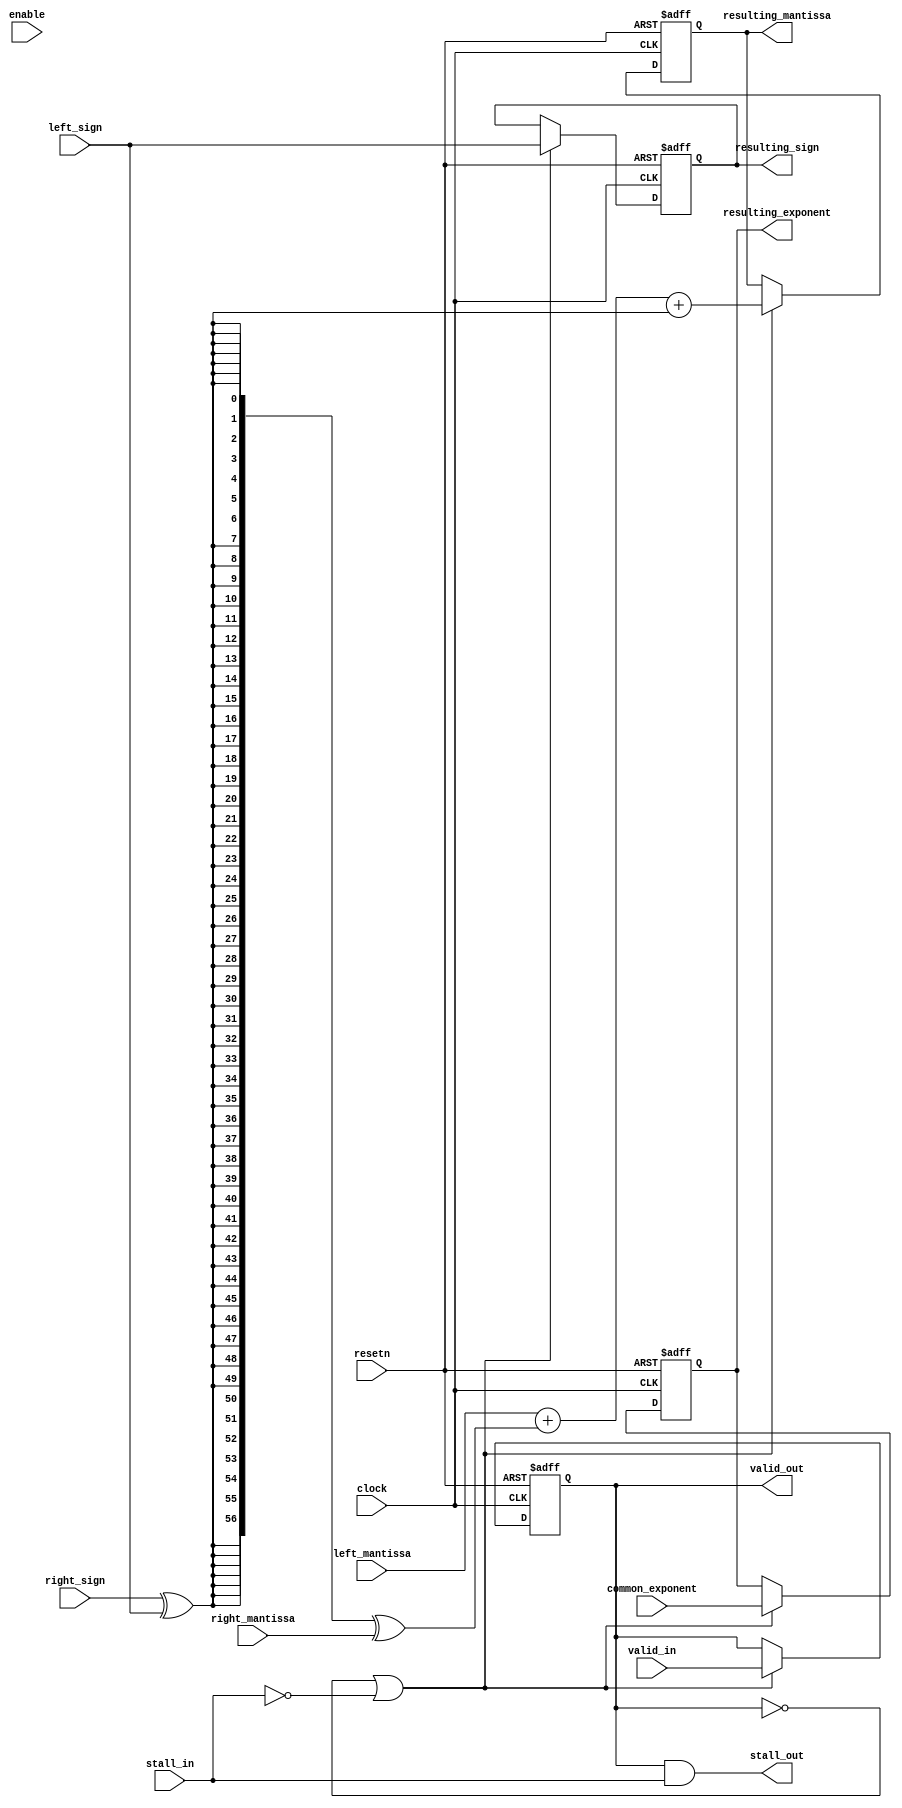
module acl_fp_custom_add_op_double(	clock, resetn, left_mantissa, right_mantissa, left_sign, right_sign, common_exponent,
										resulting_mantissa, resulting_exponent, resulting_sign,
										valid_in, valid_out, stall_in, stall_out, enable);

	parameter HIGH_CAPACITY = 1;
	
	// Latency = 1 cycle.
	input clock, resetn, left_sign, right_sign;
	input [55:0] left_mantissa;
	input [55:0] right_mantissa;
	input [11:0] common_exponent;
	input valid_in, stall_in, enable;
	(* altera_attribute = "-name auto_shift_register_recognition OFF" *) output reg [56:0] resulting_mantissa;
	(* altera_attribute = "-name auto_shift_register_recognition OFF" *) output reg [11:0] resulting_exponent;
	(* altera_attribute = "-name auto_shift_register_recognition OFF" *) output reg resulting_sign;
	(* altera_attribute = "-name auto_shift_register_recognition OFF" *) output reg valid_out;
	output stall_out;
	
	wire enable_add = (HIGH_CAPACITY==1) ? (~valid_out | ~stall_in) : enable;
	wire do_subtraction = right_sign ^ left_sign;
	assign stall_out = valid_out & stall_in;
	wire [56:0] op_ab = {1'b0, left_mantissa} + ({57{do_subtraction}} ^ {1'b0, right_mantissa}) + do_subtraction;
	
	always@(posedge clock or negedge resetn)
	begin
		if (~resetn)
		begin
			resulting_mantissa <= 57'dx;
			resulting_exponent <= 12'dx;
			resulting_sign <= 1'bx;
			valid_out <= 1'b0;
		end
		else if (enable_add)
		begin
			valid_out <= valid_in;
			resulting_mantissa <= op_ab;
			resulting_exponent <= common_exponent;
			resulting_sign <= left_sign;
		end
	end
	
endmodule